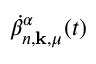
\dot { \beta } _ { n , \mathbf { k } , \mu } ^ { \alpha } ( t )